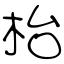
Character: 枱